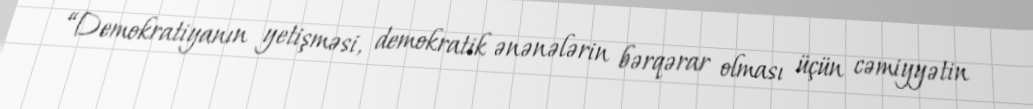
“Demokratiyanın yetişməsi, demokratik ənənələrin bərqərar olması üçün cəmiyyətin